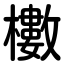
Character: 櫢